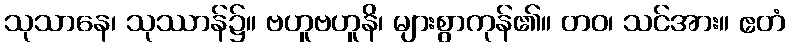
သုသာနေ၊ သုဿာန်၌။ ဗဟူဗဟူနိ၊ များစွာကုန်၏။ တဝ၊ သင်အား။ ဧတံ